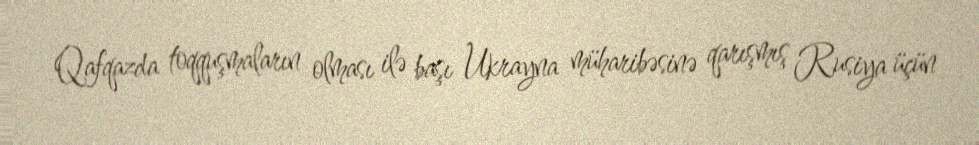
Qafqazda toqquşmaların olması ilə başı Ukrayna müharibəsinə qarışmış Rusiya üçün